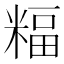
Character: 𥻅